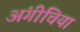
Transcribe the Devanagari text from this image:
अंगीचिया